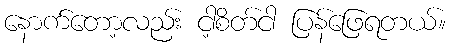
နောက်တော့လည်း ငါ့စိတ်ငါ ပြန်ဖြေရတယ်။